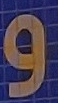
و